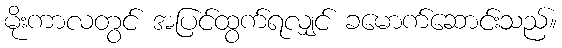
မိုးကာလတွင် အပြင်ထွက်ရလျှင် ခမောက်ဆောင်းသည်။